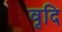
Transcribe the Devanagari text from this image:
वृदि